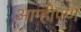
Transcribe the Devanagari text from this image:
आम्हीपण